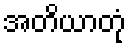
အတိယာတုံ